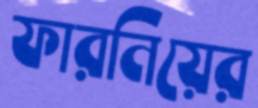
ফারনিয়ের